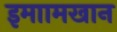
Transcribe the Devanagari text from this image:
इमाामखान